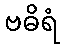
ဗဓိရံ